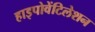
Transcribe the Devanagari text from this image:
हाइपोवेंटिलेशन